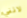
لانني